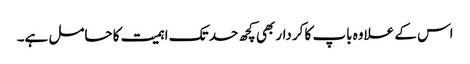
اس کے علاوہ باپ کا کردار بھی کچھ حد تک اہمیت کا حامل ہے۔